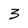
Character: 3